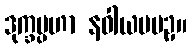
ဒုက္ခပ္ပဟာ နဝါယမပဥှ။